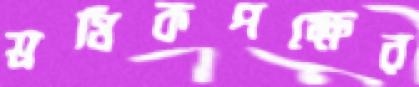
শ্রমিকপক্ষের